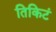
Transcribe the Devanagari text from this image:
तिकिटं